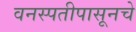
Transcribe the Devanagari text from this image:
वनस्पतीपासूनचे